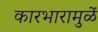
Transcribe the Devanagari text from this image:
कारभारामुळें